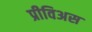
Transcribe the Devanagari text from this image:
प्रीविअस